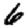
Digit: 6